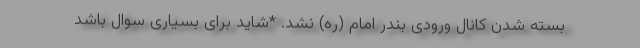
بسته شدن کانال ورودی بندر امام (ره) نشد. *شاید برای بسیاری سوال باشد